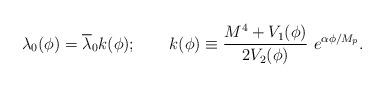
LaTeX: \begin{align*}\lambda_{0} (\phi) =\overline{\lambda}_{0}k(\phi);\qquad k(\phi)\equiv\frac{M^{4}+V_{1}(\phi)}{2V_{2}(\phi)}\ e^{\alpha\phi /M_{p}}.\end{align*}